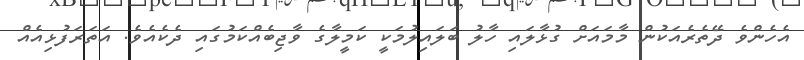
އެހެންވެ ދޭތެރެއަކުން މާމައަށް ގުޅާލައި ހާލު ބަލައިލުމަކީ ކަމީލާގެ ވާޖިބެއްކަމުގައި ދެކެއެވެ. އަތަރަފުޅިއެއް